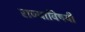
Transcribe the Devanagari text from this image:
राज्याविषयी